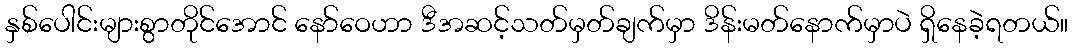
နှစ်ပေါင်းများစွာတိုင်အောင် နော်ဝေဟာ ဒီအဆင့်သတ်မှတ်ချက်မှာ ဒိန်းမတ်နောက်မှာပဲ ရှိနေခဲ့ရတယ်။